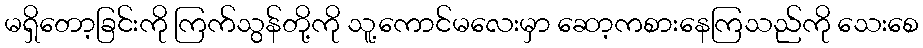
မရှိတော့ခြင်းကို ကြက်သွန်တို့ကို သူ့ကောင်မလေးမှာ ဆော့ကစားနေကြသည်ကို သေးစေ